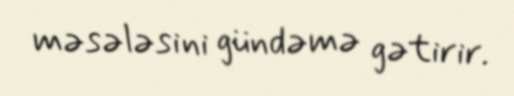
məsələsini gündəmə gətirir.